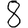
Digit: 8